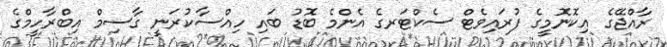
ރާއްޖޭގެ އިކޮނޮމީގެ ފުުރައިވެޓް ސެކްޓަރގެ އެންމެ ބޮޑު ބައި ހިއްސާކުރަނީ ގާސިމް އިބްރާހީމްގެ